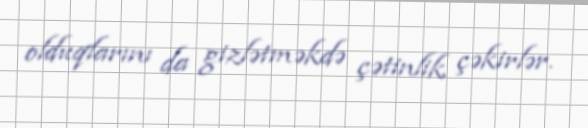
olduqlarını da gizlətməkdə çətinlik çəkirlər.